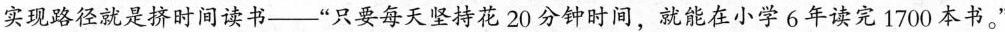
实现路径就是挤时间读书--”只要每天坚持花20分钟时间，就能在小学6年读完1700本书。